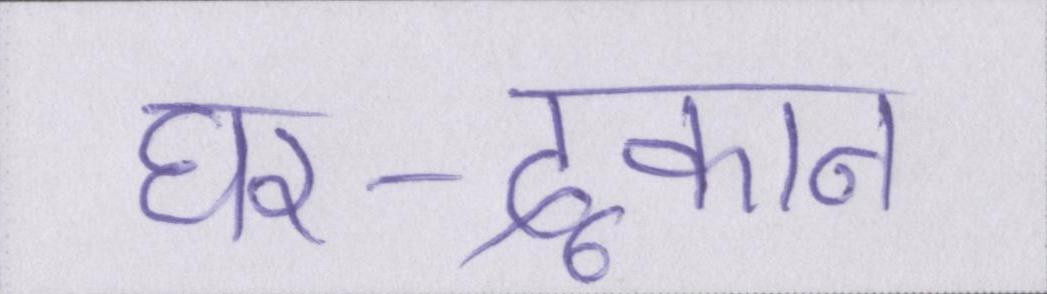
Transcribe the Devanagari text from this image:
घर-दूकान